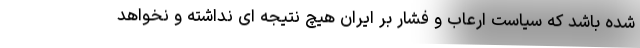
شده باشد که سیاست ارعاب و فشار بر ایران هیچ نتیجه ای نداشته و نخواهد